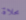
محلاة